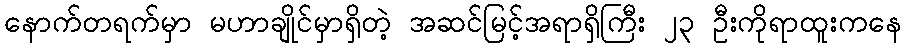
နောက်တရက်မှာ မဟာချိုင်မှာရှိတဲ့ အဆင်မြင့်အရာရှိကြီး ၂၃ ဦးကိုရာထူးကနေ